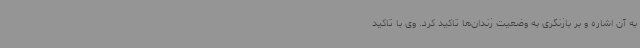
به آن اشاره و بر بازنگری به وضعیت زندان‌ها تاکید کرد. وی با تاکید